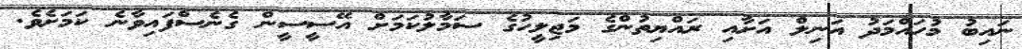
ނައިބު މުހައްމަދު އަނިލް އަށާއި ރައްޔިތުންގެ މަޖިލީހުގެ ސަމާލުކަމަށް އޭސީސީން ގެނެސްފައިވާނެ ކަމަށެވެ.